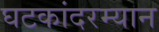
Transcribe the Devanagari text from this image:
घटकांदरम्यान